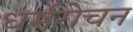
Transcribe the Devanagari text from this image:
धर्मरोचन